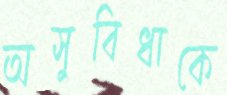
অসুবিধাকে